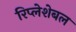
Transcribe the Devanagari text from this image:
रिप्लेशेबल